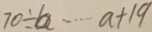
7 0 \div a \cdots a + 1 9